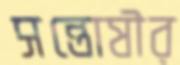
সন্তোষীর